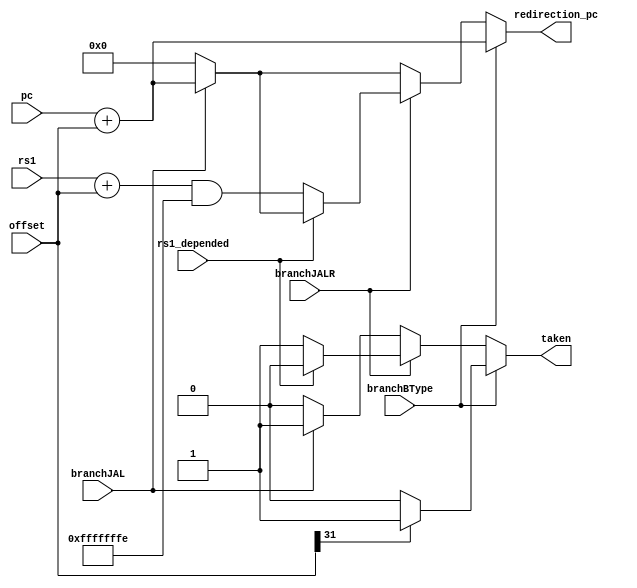
/*
file: Static Branch Predictor in ID Stage
author: fujie 
time: 2023 426  190459 CST
*/
`ifndef __STATICBRANCHPREDITOR__
`define __STATICBRANCHPREDITOR__

// `include "definitions.vh"
module staticBranchPredictor(
    input wire branchBType,  // 6 branchBType instruction is: beq, bne, bge, geu, glt, gltu => BTFN(bacwarding taken, forwarding not taken)
    input wire branchJAL,  // jal instruction  => 100% taken, pc = pc+offset
    input wire branchJALR, // jalr instruction => if rs1 is x0, x1, then suppose jalr is taken; or suppose jalr is not taken
    input wire [31:0] rs1, // register data, used by jalr instruction
    input wire [31:0] offset, // branch offset, passed from Extending Unit
    input wire [31:0] pc,     // pc value, passed from IF stage 
    input wire rs1_depended, // used by jalr instruction, to detect rs1 dependency, passed from Hazard Unit
    output reg [31:0] redirection_pc,  // new pc to IF stage
    output reg taken                  // branch taken
);

// =========================================================================
// ============================ implementation =============================
// =========================================================================
    always @(*) begin 
        taken = 1'b0;                 // suppose not taken by default
        redirection_pc = 32'h00000000; // suppose redirection_pc = 0x00000000 by default
        if(branchJAL) begin 
            taken = 1'b1;    
            redirection_pc = pc+offset; // pc += sext(offset)
        end
        if(branchJALR) begin
            if(rs1_depended) begin
                taken = 1'b0; // if rs1 has data dependency, we suppose jalr is not taken in branch predictor    
            end
            
            else begin // only jalr instruction need access register file, so it has to deal with data dependency problem
                taken = 1'b1; // if rs1 doesn't have data dependency, we suppose jalr is taken in branch predictor    
                redirection_pc = (rs1+offset) & 32'hfffffffe; // pc=(x[rs1]+sext(offset))&1
            end
        end
        if(branchBType) begin
                redirection_pc = pc+offset; // pc += sext(offset)
            if(offset[31]) begin
                taken = 1'b1; // offset[31]=1 => offset less than 0 => backwarding taken
            end
            else begin
                taken = 1'b0; // offset[31]=0 => offset greater than 0 => forwarding not taken
            end
        end
    end
        
endmodule
`endif